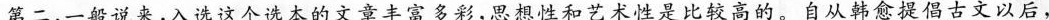
第二，一般说来，入选这个选本的文章丰富多彩，思想性和艺术性是比较高的。自从韩愈提倡古文以后，